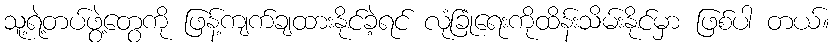
သူ့ရဲ့တပ်ဖွဲ့တွေကို ဖြန့်ကျက်ချထားနိုင်ခဲ့ရင် လုံခြုံရေးကိုထိန်းသိမ်းနိုင်မှာ ဖြစ်ပါ တယ်။